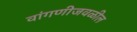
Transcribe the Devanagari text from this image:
वांगणीजवळील